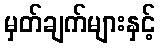
မှတ်ချက်များနှင့်